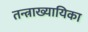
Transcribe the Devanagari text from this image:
तन्त्राख्यायिका